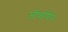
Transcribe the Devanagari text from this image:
जीवापितः